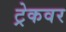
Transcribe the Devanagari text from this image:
ट्रेकवर